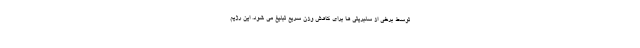
توسط برخی از سلبریتی ها برای کاهش وزن سریع تبلیغ می شود. این رژیم